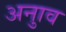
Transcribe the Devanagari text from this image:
अनुाव